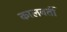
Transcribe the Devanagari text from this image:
कालवर्ती